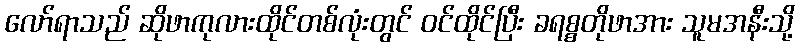
လော်ရာသည် ဆိုဖာကုလားထိုင်တစ်လုံးတွင် ဝင်ထိုင်ပြီး ခရစ္စတိုဖာအား သူမအနီးသို့